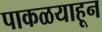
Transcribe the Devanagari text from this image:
पाकळयाहून